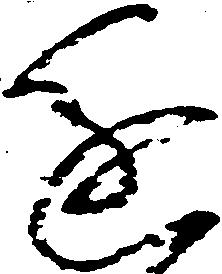
進